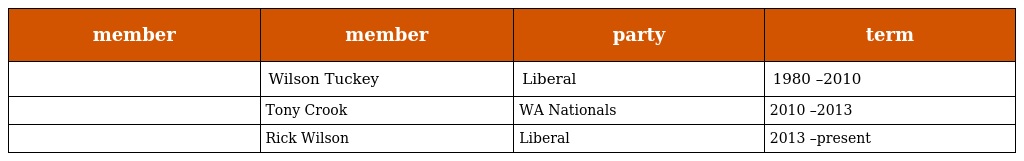
| member | member | party | term |
 | --- | --- | --- | --- |
 |  | Wilson Tuckey | Liberal | 1980 –2010 |
 |  | Tony Crook | WA Nationals | 2010 –2013 |
 |  | Rick Wilson | Liberal | 2013 –present |